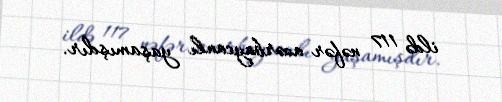
ildə 117 nəfər azərbaycanlı yaşamışdır.